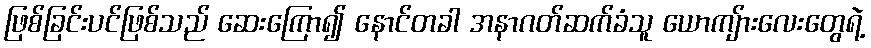
ဖြစ်ခြင်းပင်ဖြစ်သည် ဆေးကြော၍ နောင်တခါ အနာဂတ်ဆက်ခံသူ ယောကျ်ားလေးတွေရဲ့